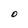
Character: O